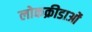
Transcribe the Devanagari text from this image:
लोकक्रीडाओं